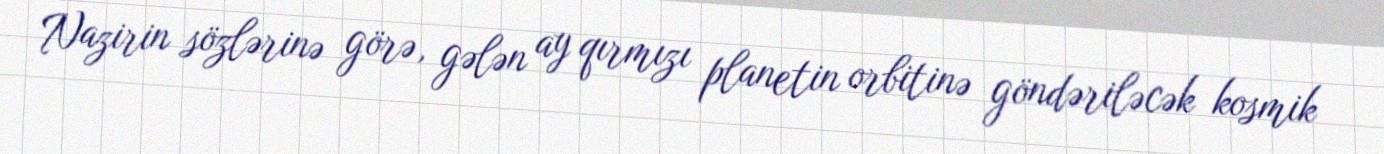
Nazirin sözlərinə görə, gələn ay qırmızı planetin orbitinə göndəriləcək kosmik